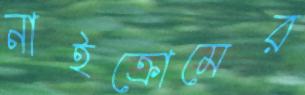
নাইক্রোমের